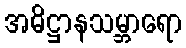
အဓိဋ္ဌာနသမ္ဘာရော